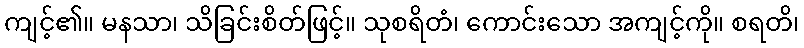
ကျင့်၏။ မနသာ၊ သိခြင်းစိတ်ဖြင့်။ သုစရိတံ၊ ကောင်းသော အကျင့်ကို။ စရတိ၊